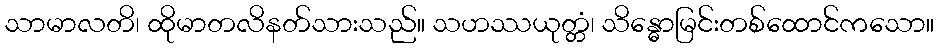
သာမာလတိ၊ ထိုမာတလိနတ်သားသည်။ သဟဿယုတ္တံ၊ သိန္ဓောမြင်းတစ်ထောင်ကသော။